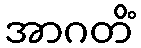
အာဂတိံ